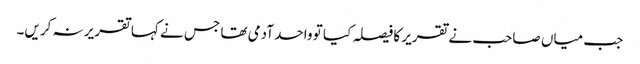
جب میاں صاحب نے تقریر کا فیصلہ کیا تو واحد آدمی تھا جس نے کہا تقریر نہ کریں۔